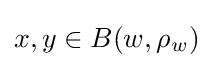
x,y\in B(w,\rho _{w})